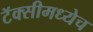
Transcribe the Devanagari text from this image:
टॅक्सीमध्येच